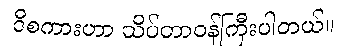
ဒီစကားဟာ သိပ်တာဝန်ကြီးပါတယ်။